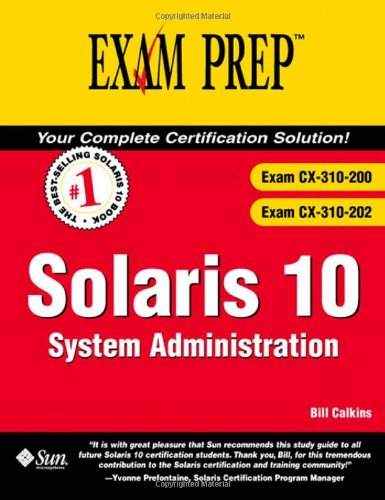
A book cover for Solaris 10: System Administration (Exam CX-310-200 & CX-310-202); Bill Calkins; Computers & Technology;